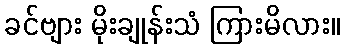
ခင်ဗျား မိုးချုန်းသံ ကြားမိလား။